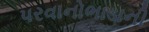
પરવાનોભાડાની